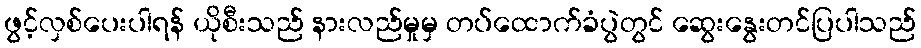
ဖွင့်လှစ်ပေးပါရန် ယိုစီးသည် နားလည်မှုမှ တပ်ထောက်ခံပွဲတွင် ဆွေးနွေးတင်ပြပါသည်